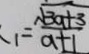
_ { 1 } = \frac { \sqrt { 3 a + 3 } } { a + 1 }